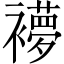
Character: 䙦